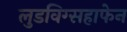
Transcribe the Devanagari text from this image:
लुडविग्सहाफेन